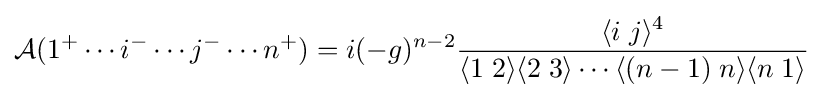
{\mathcal {A}}(1^{+}\cdots i^{-}\cdots j^{-}\cdots n^{+})=i(-g)^{n-2}{\frac {\langle i\;j\rangle ^{4}}{\langle 1\;2\rangle \langle 2\;3\rangle \cdots \langle (n-1)\;n\rangle \langle n\;1\rangle }}